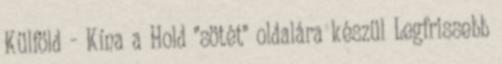
Külföld - Kína a Hold "sötét" oldalára készül Legfrissebb